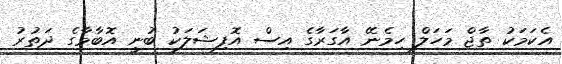
އެކަމަކު ތާޖް މަހަލް ހިމެނޭ އާގަރާގެ އިސް އޮފިޝަލަކު ބުނީ އޮބާމާގެ ދަތުރު